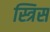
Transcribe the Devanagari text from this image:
स्त्रिस